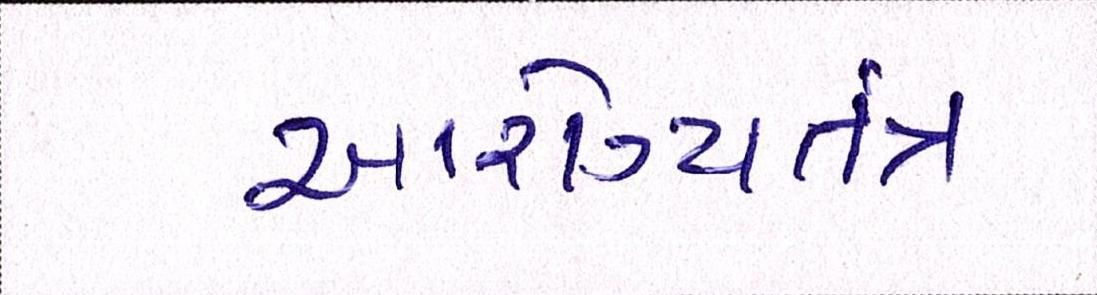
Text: આરોગ્યતંત્ર